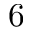
6